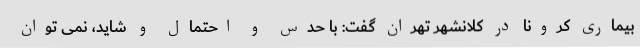
بیماری کرونا در کلانشهر تهران گفت: با حدس و احتمال و شاید، نمی توان